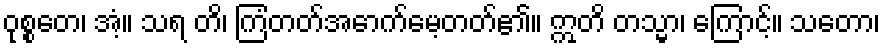
ဝုစ္စတေ၊ အံ့။ သရ တိ၊ ကြံတတ်အောက်မေ့တတ်၏။ ဣတိ တသ္မာ၊ ကြောင့်။ သတော၊